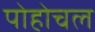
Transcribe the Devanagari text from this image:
पोहोचल